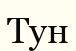
Тун